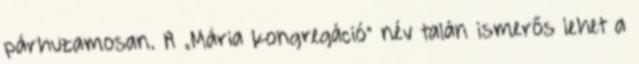
párhuzamosan. A „Mária kongregáció” név talán ismerős lehet a